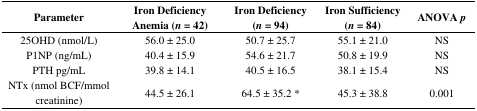
<table><thead><tr><td><b>Parameter</b></td><td><b>Iron Deficiency Anemia (<i>n</i> = 42)</b></td><td><b>Iron Deficiency (<i>n</i> = 94)</b></td><td><b>Iron Sufficiency (<i>n</i> = 84)</b></td><td><b>ANOVA <i>p</i></b></td></tr></thead><tbody><tr><td>25OHD (nmol/L)</td><td>56.0 ± 25.0</td><td>50.7 ± 25.7</td><td>55.1 ± 21.0</td><td>NS</td></tr><tr><td>P1NP (ng/mL)</td><td>40.4 ± 15.9</td><td>54.6 ± 21.7</td><td>50.8 ± 19.9</td><td>NS</td></tr><tr><td>PTH pg/mL</td><td>39.8 ± 14.1</td><td>40.5 ± 16.5</td><td>38.1 ± 15.4</td><td>NS</td></tr><tr><td>NTx (nmol BCF/mmol creatinine)</td><td>44.5 ± 26.1</td><td>64.5 ± 35.2 *</td><td>45.3 ± 38.8</td><td>0.001</td></tr></tbody></table>